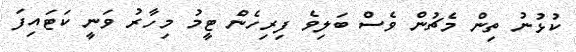
ކުޅުނު ތިން މެޗުން ވެސް ބަލިވެ ފިރިހެން ޓީމު މިހާރު ވަނީ ކަޓައިފަ